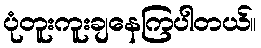
ပုံတူးကူးချနေကြပါတယ်။